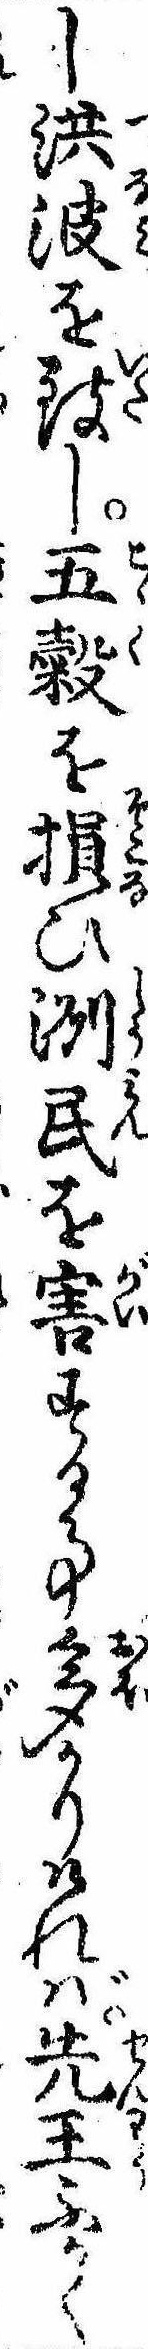
し洪波を致し五穀を損ひ洲民を害する事多かりければ先王ふかく